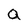
Character: Q